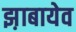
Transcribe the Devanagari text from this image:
झ़ाबायेव